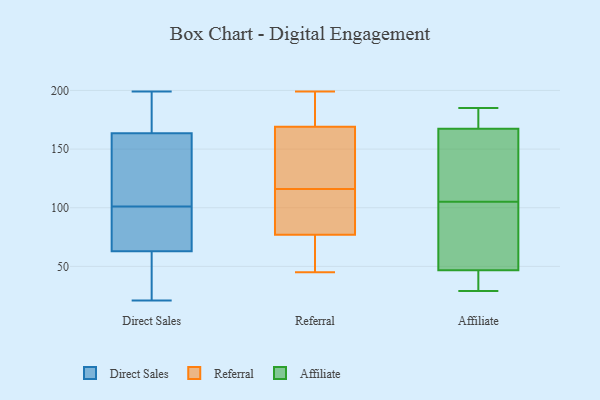
{"axis": {"x": "Shipments", "y": "Value"}, "legend": ["Affiliate", "Direct Sales", "Referral"], "data": [{"x": "", "y": 143, "type": "Direct Sales"}, {"x": "", "y": 78, "type": "Direct Sales"}, {"x": "", "y": 99, "type": "Direct Sales"}, {"x": "", "y": 156, "type": "Direct Sales"}, {"x": "", "y": 103, "type": "Direct Sales"}, {"x": "", "y": 53, "type": "Direct Sales"}, {"x": "", "y": 119, "type": "Direct Sales"}, {"x": "", "y": 194, "type": "Direct Sales"}, {"x": "", "y": 65, "type": "Direct Sales"}, {"x": "", "y": 197, "type": "Direct Sales"}, {"x": "", "y": 61, "type": "Direct Sales"}, {"x": "", "y": 88, "type": "Direct Sales"}, {"x": "", "y": 120, "type": "Direct Sales"}, {"x": "", "y": 199, "type": "Direct Sales"}, {"x": "", "y": 183, "type": "Direct Sales"}, {"x": "", "y": 21, "type": "Direct Sales"}, {"x": "", "y": 94, "type": "Direct Sales"}, {"x": "", "y": 171, "type": "Direct Sales"}, {"x": "", "y": 31, "type": "Direct Sales"}, {"x": "", "y": 54, "type": "Direct Sales"}, {"x": "", "y": 124, "type": "Referral"}, {"x": "", "y": 176, "type": "Referral"}, {"x": "", "y": 111, "type": "Referral"}, {"x": "", "y": 116, "type": "Referral"}, {"x": "", "y": 101, "type": "Referral"}, {"x": "", "y": 199, "type": "Referral"}, {"x": "", "y": 71, "type": "Referral"}, {"x": "", "y": 148, "type": "Referral"}, {"x": "", "y": 120, "type": "Referral"}, {"x": "", "y": 182, "type": "Referral"}, {"x": "", "y": 95, "type": "Referral"}, {"x": "", "y": 45, "type": "Referral"}, {"x": "", "y": 68, "type": "Referral"}, {"x": "", "y": 194, "type": "Referral"}, {"x": "", "y": 70, "type": "Referral"}, {"x": "", "y": 181, "type": "Affiliate"}, {"x": "", "y": 58, "type": "Affiliate"}, {"x": "", "y": 75, "type": "Affiliate"}, {"x": "", "y": 43, "type": "Affiliate"}, {"x": "", "y": 185, "type": "Affiliate"}, {"x": "", "y": 33, "type": "Affiliate"}, {"x": "", "y": 112, "type": "Affiliate"}, {"x": "", "y": 105, "type": "Affiliate"}, {"x": "", "y": 141, "type": "Affiliate"}, {"x": "", "y": 176, "type": "Affiliate"}, {"x": "", "y": 29, "type": "Affiliate"}]}